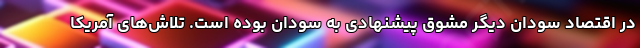
در اقتصاد سودان دیگر مشوق پیشنهادی به سودان بوده است. تلاش‌های آمریکا